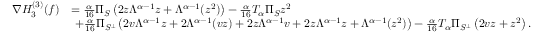
\begin{array} { r l } { \nabla { H } _ { 3 } ^ { ( 3 ) } ( f ) } & { = \frac { \alpha } { 1 6 } \Pi _ { S } \left( 2 z \Lambda ^ { \alpha - 1 } z + \Lambda ^ { \alpha - 1 } ( z ^ { 2 } ) \right) - \frac { \alpha } { 1 6 } T _ { \alpha } \Pi _ { S } z ^ { 2 } } \\ & { \ + \frac { \alpha } { 1 6 } \Pi _ { S ^ { \perp } } \left( 2 v \Lambda ^ { \alpha - 1 } z + 2 \Lambda ^ { \alpha - 1 } ( v z ) + 2 z \Lambda ^ { \alpha - 1 } v + 2 z \Lambda ^ { \alpha - 1 } z + \Lambda ^ { \alpha - 1 } ( z ^ { 2 } ) \right) - \frac { \alpha } { 1 6 } T _ { \alpha } \Pi _ { S ^ { \perp } } \left( 2 v z + z ^ { 2 } \right) . } \end{array}